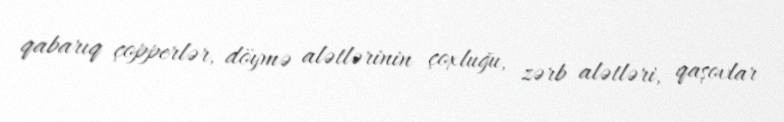
qabarıq çopperlər, döymə alətlərinin çoxluğu, zərb alətləri, qaşovlar